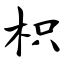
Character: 枳